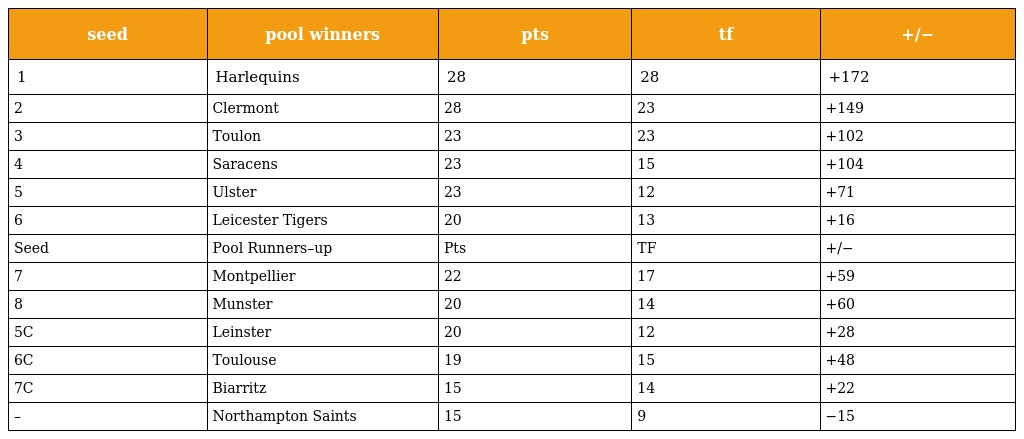
| seed | pool winners | pts | tf | +/− |
 | --- | --- | --- | --- | --- |
 | 1 | Harlequins | 28 | 28 | +172 |
 | 2 | Clermont | 28 | 23 | +149 |
 | 3 | Toulon | 23 | 23 | +102 |
 | 4 | Saracens | 23 | 15 | +104 |
 | 5 | Ulster | 23 | 12 | +71 |
 | 6 | Leicester Tigers | 20 | 13 | +16 |
 | Seed | Pool Runners–up | Pts | TF | +/− |
 | 7 | Montpellier | 22 | 17 | +59 |
 | 8 | Munster | 20 | 14 | +60 |
 | 5C | Leinster | 20 | 12 | +28 |
 | 6C | Toulouse | 19 | 15 | +48 |
 | 7C | Biarritz | 15 | 14 | +22 |
 | – | Northampton Saints | 15 | 9 | −15 |